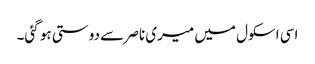
اسی اسکول میں میری ناصر سے دوستی ہو گئی۔